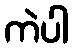
ကဲပါ